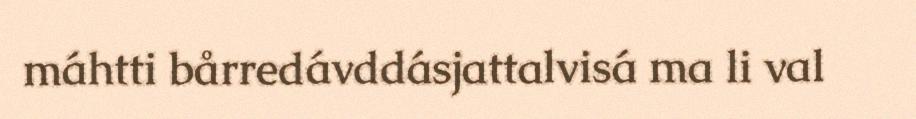
máhtti bårredávddásjattalvisá ma li val